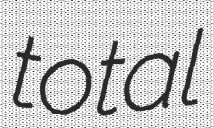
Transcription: total